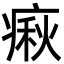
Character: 㾭